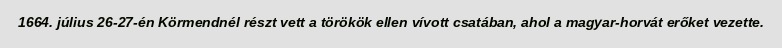
1664. július 26-27-én Körmendnél részt vett a törökök ellen vívott csatában, ahol a magyar-horvát erőket vezette.